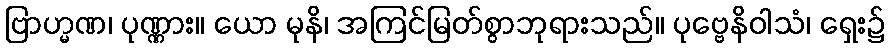
ဗြာဟ္မဏ၊ ပုဏ္ဏား။ ယော မုနိ၊ အကြင်မြတ်စွာဘုရားသည်။ ပုဗ္ဗေနိဝါသံ၊ ရှေး၌